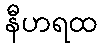
နီဟရထ